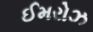
ઈમરોઝ